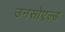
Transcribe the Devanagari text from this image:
उनसोएल्ड